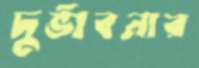
দুর্ভাবনার